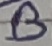
Text: B